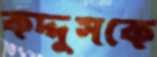
কদ্দুসকে